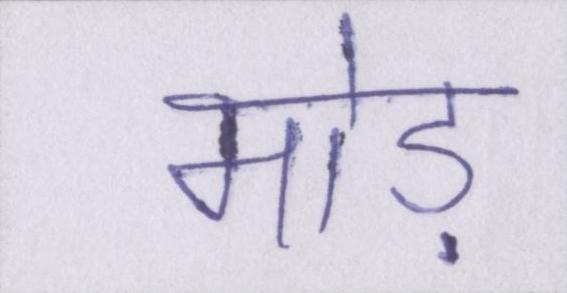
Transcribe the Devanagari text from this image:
मोड़